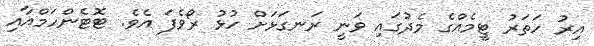
އިރު ހަތަރު ޓީމެއްގެ މެދުގައި ވަނީ ރަނގަޅަށް ހުޅު ރޯވެފަ އެވެ. ޓޮޓެންހަމްއާއި